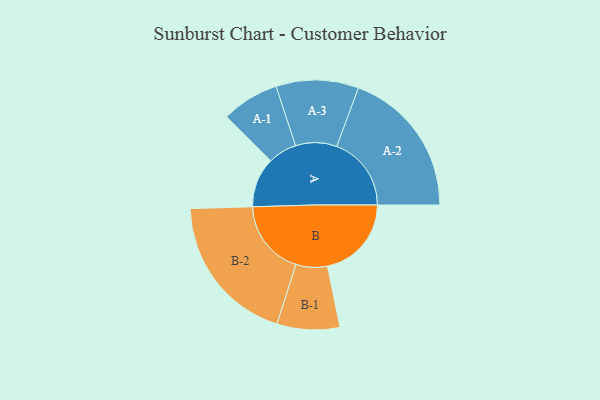
{"axis": {"x": "Segment", "y": "Value"}, "legend": ["", "A", "B"], "data": [{"x": "A", "y": 197, "type": ""}, {"x": "B", "y": 332, "type": ""}, {"x": "A-1", "y": 114, "type": "A"}, {"x": "A-2", "y": 295, "type": "A"}, {"x": "A-3", "y": 163, "type": "A"}, {"x": "B-1", "y": 124, "type": "B"}, {"x": "B-2", "y": 299, "type": "B"}]}